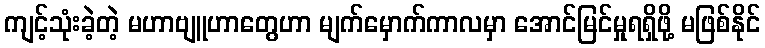
ကျင့်သုံးခဲ့တဲ့ မဟာဗျူဟာတွေဟာ မျက်မှောက်ကာလမှာ အောင်မြင်မှုရရှိဖို့ မဖြစ်နိုင်